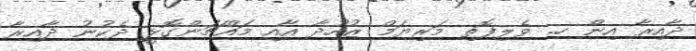
ދާއިރާ އިން ހ. ވެލިފޮތި މަރިޔަމް ޒުހުދާ އާއި މައްޗަންގޮޅީ ދެކުނު ދާއިރާ